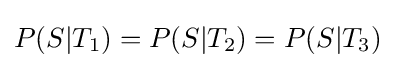
P(S|T_{1})=P(S|T_{2})=P(S|T_{3})